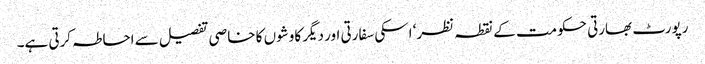
رپورٹ بھارتی حکومت کے نقطہ نظر‘ اسکی سفارتی اور دیگر کاوشوں کا خاصی تفصیل سے احاطہ کرتی ہے۔